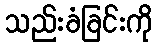
သည်းခံခြင်းကို